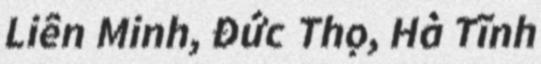
Liên Minh, Đức Thọ, Hà Tĩnh